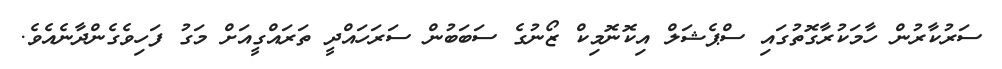
ސަރުކާރުން ހާމަކުރާގޮތުގައި ސްޕެޝަލް އިކޮނޮމިކް ޒޯނުގެ ސަބަބުން ސަރަހައްދީ ތަރައްގީއަށް މަގު ފަހިވެގެންދާނެއެވެ.